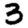
Digit: 3